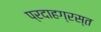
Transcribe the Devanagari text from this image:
प्रदाहग्रस्त